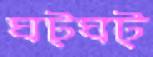
ঘট্‌ঘট্‌